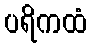
ပရိကထံ